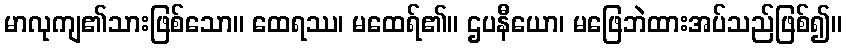
မာလုကျ၏သားဖြစ်သော။ ထေရဿ၊ မထေရ်၏။ ဌပနီယော၊ မဖြေဘဲထားအပ်သည်ဖြစ်၍။